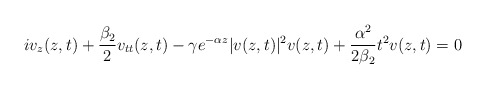
\begin{align*}iv_z(z,t)+\frac{\beta_2}{2}v_{tt}(z,t)-\gamma e^{-\alpha z}|v(z,t)|^2v(z,t)+\frac{\alpha^2}{2\beta_2}t^2v(z,t)=0\end{align*}